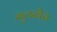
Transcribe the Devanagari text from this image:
गुलखैरा